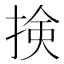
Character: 𢮦